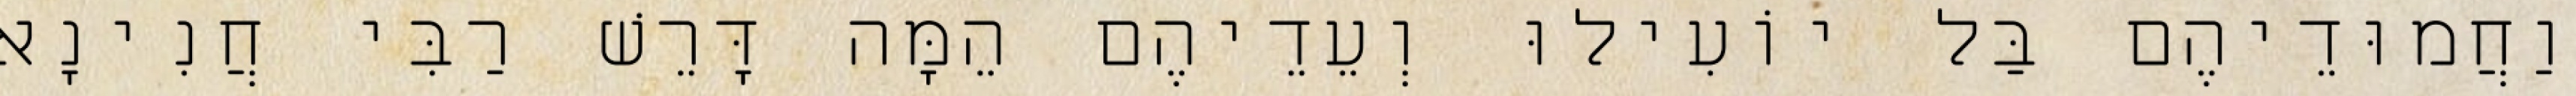
וַחֲמוּדֵיהֶם בַּל יוֹעִילוּ וְעֵדֵיהֶם הֵמָּה דָּרֵשׁ רַבִּי חֲנִינָא